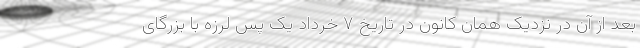
بعد از آن در نزدیک همان کانون در تاریخ ۷ خرداد یک پس لرزه با بزرگای